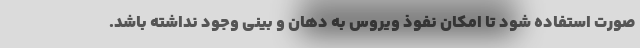
صورت استفاده شود تا امکان نفوذ ویروس به دهان و بینی وجود نداشته باشد.